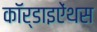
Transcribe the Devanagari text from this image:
कॉर्डाइऐंथस